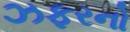
ઝફરનો